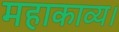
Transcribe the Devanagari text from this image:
महाकाव्य।